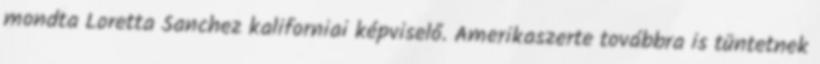
mondta Loretta Sanchez kaliforniai képviselő. Amerikaszerte továbbra is tüntetnek